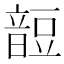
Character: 𧯹